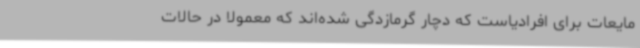
مایعات برای افرادیاست که دچار گرمازدگی شده‌اند که معمولا در حالات